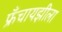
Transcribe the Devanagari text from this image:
फ्रॅंचायझीला